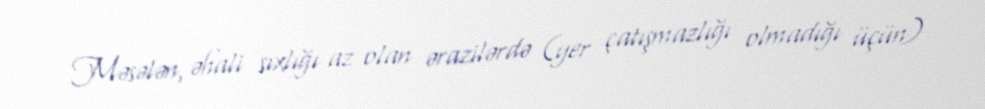
Məsələn, əhali sıxlığı az olan ərazilərdə (yer çatışmazlığı olmadığı üçün)